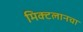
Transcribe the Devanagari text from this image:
मिक्टलानचा